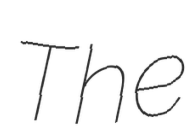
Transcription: The